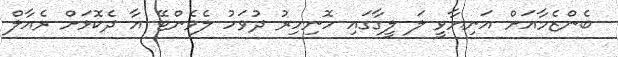
ބެންޒެމާއަށް އަނިޔާވީ ލަ ލީގާގައި ހޮނިހިރު ދުވަހު ލެވެންޓޭ އާ ދެކޮޅަށް ރެއާލް